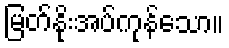
မြတ်နိုးအပ်ကုန်သော။